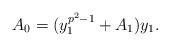
LaTeX: \begin{align*}A_0=(y_1^{p^2-1}+A_1)y_1.\end{align*}